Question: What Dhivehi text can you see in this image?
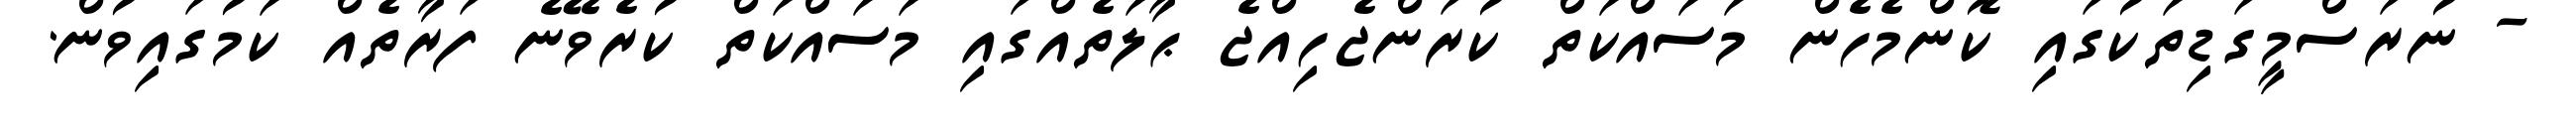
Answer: - ނުރަސްމީގަޑިތަކުގައި ކޮންމެހެން މަސައްކަތް ކުރަންޖެހިއްޖެ ޙާލަތެއްގައި މަސައްކަތް ކުރެވޭނެ ފަރާތެއް ކަމުގައިވުން.